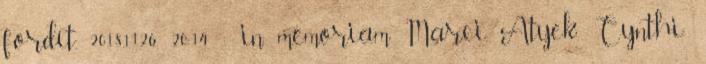
fordít. 2018.11.26. 20:14 : in memoriam Marci Atyek: Cynthi: